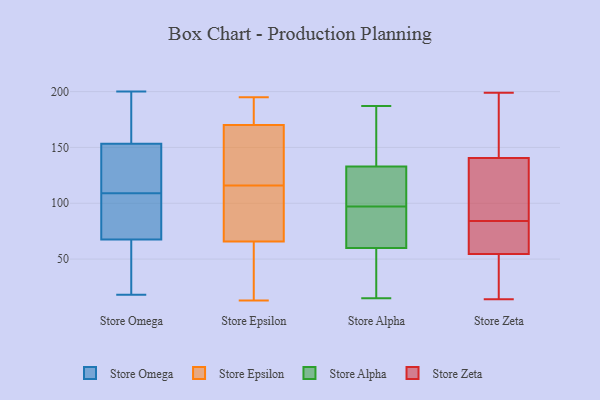
{"axis": {"x": "Budget (USD K)", "y": "Value"}, "legend": ["Store Alpha", "Store Epsilon", "Store Omega", "Store Zeta"], "data": [{"x": "", "y": 69, "type": "Store Omega"}, {"x": "", "y": 134, "type": "Store Omega"}, {"x": "", "y": 136, "type": "Store Omega"}, {"x": "", "y": 18, "type": "Store Omega"}, {"x": "", "y": 190, "type": "Store Omega"}, {"x": "", "y": 109, "type": "Store Omega"}, {"x": "", "y": 67, "type": "Store Omega"}, {"x": "", "y": 73, "type": "Store Omega"}, {"x": "", "y": 21, "type": "Store Omega"}, {"x": "", "y": 23, "type": "Store Omega"}, {"x": "", "y": 159, "type": "Store Omega"}, {"x": "", "y": 117, "type": "Store Omega"}, {"x": "", "y": 96, "type": "Store Omega"}, {"x": "", "y": 200, "type": "Store Omega"}, {"x": "", "y": 172, "type": "Store Omega"}, {"x": "", "y": 179, "type": "Store Epsilon"}, {"x": "", "y": 156, "type": "Store Epsilon"}, {"x": "", "y": 164, "type": "Store Epsilon"}, {"x": "", "y": 179, "type": "Store Epsilon"}, {"x": "", "y": 13, "type": "Store Epsilon"}, {"x": "", "y": 138, "type": "Store Epsilon"}, {"x": "", "y": 172, "type": "Store Epsilon"}, {"x": "", "y": 78, "type": "Store Epsilon"}, {"x": "", "y": 101, "type": "Store Epsilon"}, {"x": "", "y": 58, "type": "Store Epsilon"}, {"x": "", "y": 93, "type": "Store Epsilon"}, {"x": "", "y": 180, "type": "Store Epsilon"}, {"x": "", "y": 126, "type": "Store Epsilon"}, {"x": "", "y": 195, "type": "Store Epsilon"}, {"x": "", "y": 116, "type": "Store Epsilon"}, {"x": "", "y": 71, "type": "Store Epsilon"}, {"x": "", "y": 59, "type": "Store Epsilon"}, {"x": "", "y": 13, "type": "Store Epsilon"}, {"x": "", "y": 64, "type": "Store Epsilon"}, {"x": "", "y": 118, "type": "Store Alpha"}, {"x": "", "y": 85, "type": "Store Alpha"}, {"x": "", "y": 187, "type": "Store Alpha"}, {"x": "", "y": 74, "type": "Store Alpha"}, {"x": "", "y": 68, "type": "Store Alpha"}, {"x": "", "y": 52, "type": "Store Alpha"}, {"x": "", "y": 176, "type": "Store Alpha"}, {"x": "", "y": 156, "type": "Store Alpha"}, {"x": "", "y": 140, "type": "Store Alpha"}, {"x": "", "y": 15, "type": "Store Alpha"}, {"x": "", "y": 100, "type": "Store Alpha"}, {"x": "", "y": 126, "type": "Store Alpha"}, {"x": "", "y": 95, "type": "Store Alpha"}, {"x": "", "y": 43, "type": "Store Alpha"}, {"x": "", "y": 39, "type": "Store Alpha"}, {"x": "", "y": 99, "type": "Store Alpha"}, {"x": "", "y": 52, "type": "Store Zeta"}, {"x": "", "y": 14, "type": "Store Zeta"}, {"x": "", "y": 89, "type": "Store Zeta"}, {"x": "", "y": 119, "type": "Store Zeta"}, {"x": "", "y": 198, "type": "Store Zeta"}, {"x": "", "y": 102, "type": "Store Zeta"}, {"x": "", "y": 57, "type": "Store Zeta"}, {"x": "", "y": 59, "type": "Store Zeta"}, {"x": "", "y": 162, "type": "Store Zeta"}, {"x": "", "y": 199, "type": "Store Zeta"}, {"x": "", "y": 79, "type": "Store Zeta"}, {"x": "", "y": 48, "type": "Store Zeta"}]}